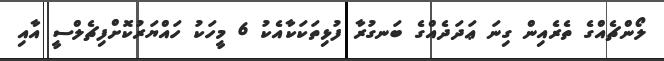
ލޯންޗެއްގެ ތެރެއިން ގިނަ ޢަދަދެއްގެ ބަނގުރާ ފުޅިތަކަކާއެކު 6 މީހަކު ހައްޔަރުކޮށްފިޗެލްސީ އާއި